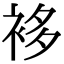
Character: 袳